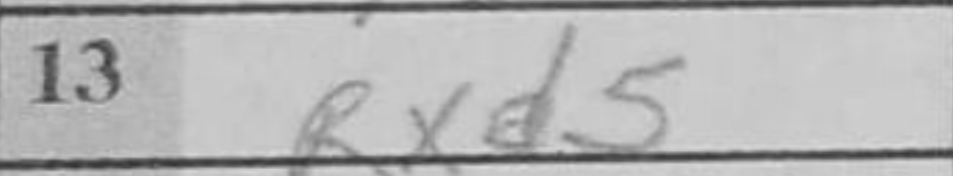
Transcription: Rxd5